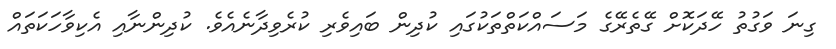
ގިނަ ވަގުތު ހޭދަކޮށް ގޭތެރޭގެ މަސައްކަތްތަކުގައި ކުދިން ބައިވެރި ކުރެވިދާނެއެވެ. ކުދިންނާއި އެކިވާހަކަތައް